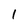
Character: 1